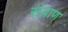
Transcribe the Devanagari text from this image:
संप्राण